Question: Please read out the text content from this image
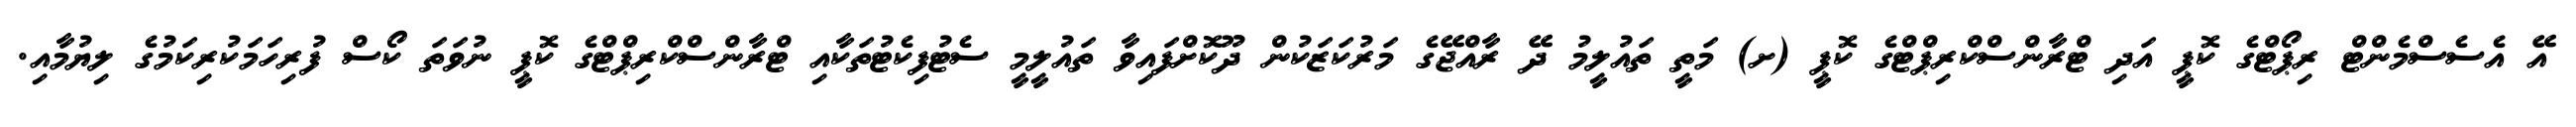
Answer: އޭ އެސެސްމެންޓް ރިޕޯޓްގެ ކޮޕީ އަދި ޓްރާންސްކްރިޕްޓްގެ ކޮޕީ (ށ) މަތީ ތައުލީމު ދޭ ރާއްޖޭގެ މަރުކަޒަކުން ދޫކޮށްފައިވާ ތައުލީމީ ސެޓުފިކެޓުތަކާއި ޓްރާންސްކްރިޕްޓްގެ ކޮޕީ ނުވަތަ ކޯސް ފުރިހަމަކުރިކަމުގެ ލިޔުމާއި.